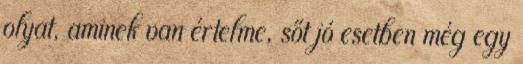
olyat, aminek van értelme, sőt jó esetben még egy